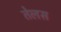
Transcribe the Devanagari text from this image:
तेलस